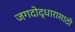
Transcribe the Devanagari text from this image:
जगदोद्धारासाठी